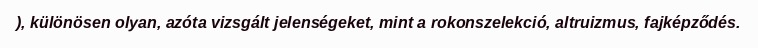
), különösen olyan, azóta vizsgált jelenségeket, mint a rokonszelekció, altruizmus, fajképződés.